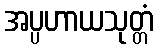
အပ္ပဟာယသုတ္တံ